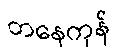
တနေကုန်